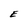
Character: E